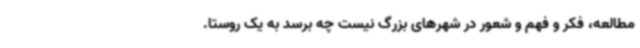
مطالعه، فکر و فهم و شعور در شهرهای بزرگ نیست چه برسد به یک روستا.